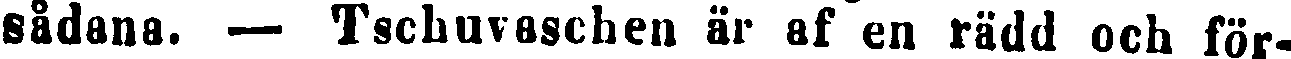
sådana. — Tschuvaschen är af en rädd och för-